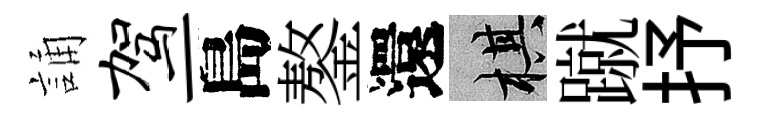
誦驾一島鏊還棋蹴抒